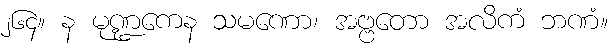
၂၆၄။ န မုဏ္ဍကေန သမဏော၊ အဗ္ဗတော အလိကံ ဘဏံ။